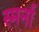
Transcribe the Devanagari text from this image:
स्मर्ना